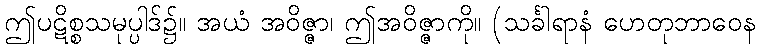
ဤပဋိစ္စသမုပ္ပါဒ်၌။ အယံ အဝိဇ္ဇာ၊ ဤအဝိဇ္ဇာကို။ (သင်္ခါရာနံ ဟေတုဘာဝေန